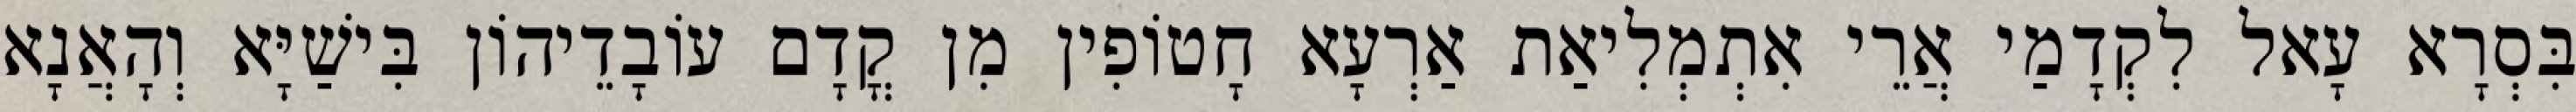
בִּסְרָא עָאל לִקְדָמַי אֲרֵי אִתְמְלִיאַת אַרְעָא חָטוֹפִין מִן קֳדָם עוֹבָדֵיהוֹן בִּישַׁיָּא וְהָאֲנָא